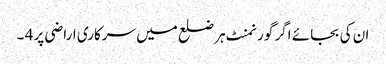
ان کی بجائے اگر گورنمنٹ ہر ضلع میں سرکاری اراضی پر 4 ۔